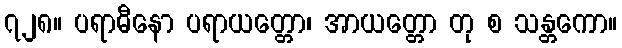
၇၂၈။ ပရာဓီနော ပရာယတ္တော၊ အာယတ္တော တု စ သန္တကော။